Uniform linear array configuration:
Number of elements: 32
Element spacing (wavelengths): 0.75
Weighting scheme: blackman
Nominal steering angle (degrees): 0
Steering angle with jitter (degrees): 0.9898
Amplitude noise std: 0.05
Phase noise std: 0.05

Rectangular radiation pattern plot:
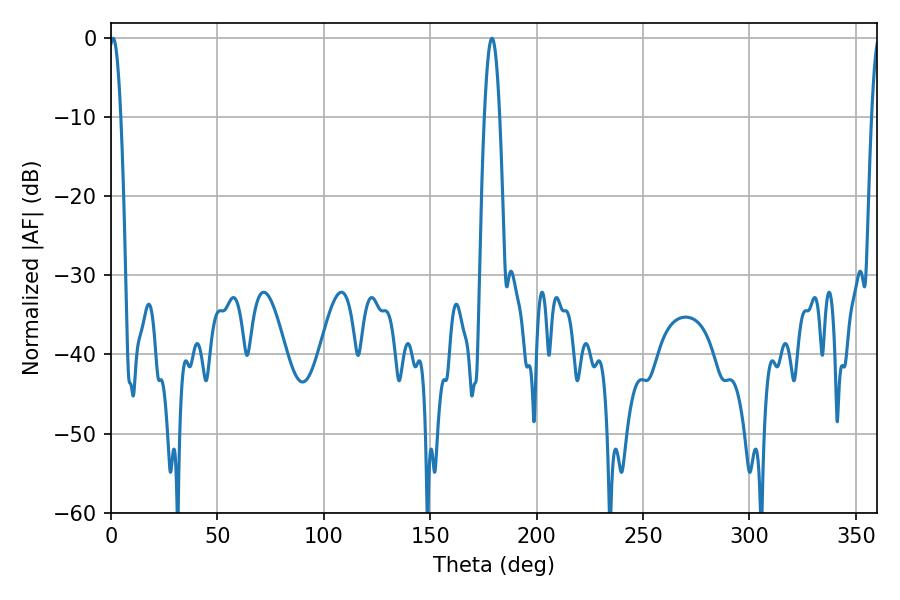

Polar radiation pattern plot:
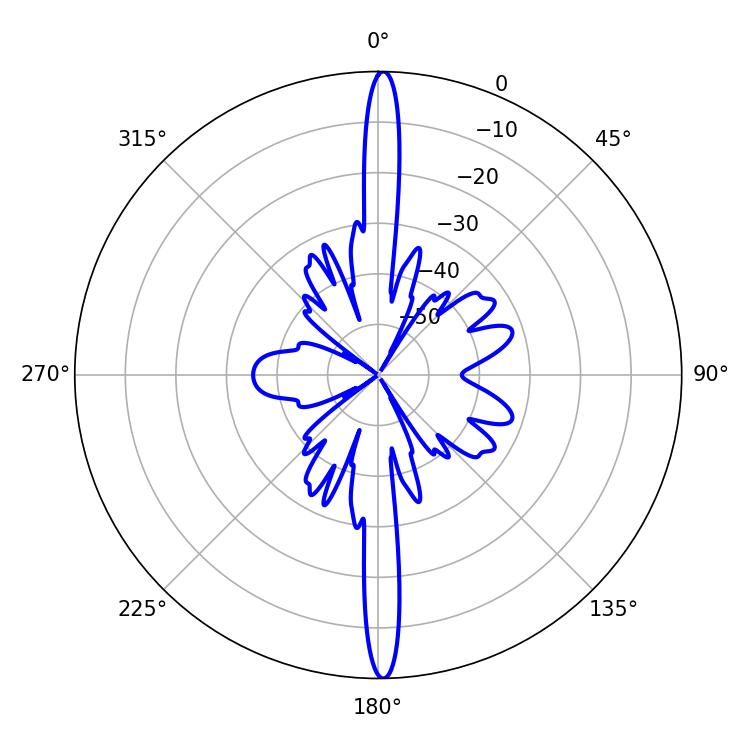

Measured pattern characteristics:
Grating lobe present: TRUE
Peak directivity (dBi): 28.635
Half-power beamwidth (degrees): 2.88
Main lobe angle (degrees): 0.9